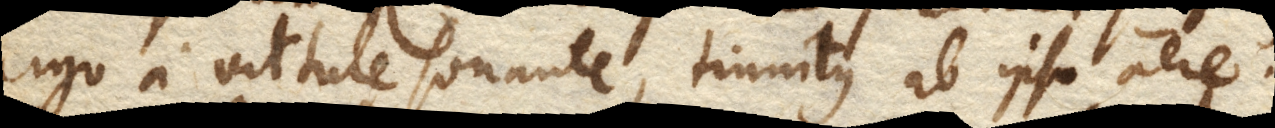
ergo a virtute sonante, tinnitus ab ipso aere.